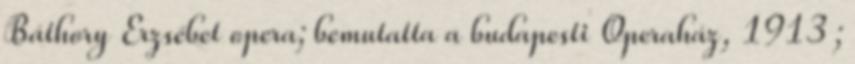
Báthory Erzsébet opera; bemutatta a budapesti Operaház, 1913 ;